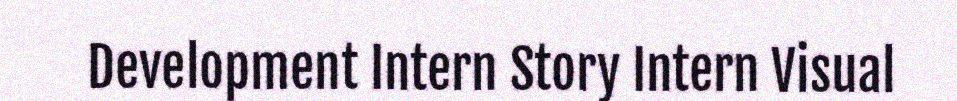
Development Intern Story Intern Visual